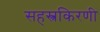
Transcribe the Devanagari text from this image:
सहस्त्रकिरणी